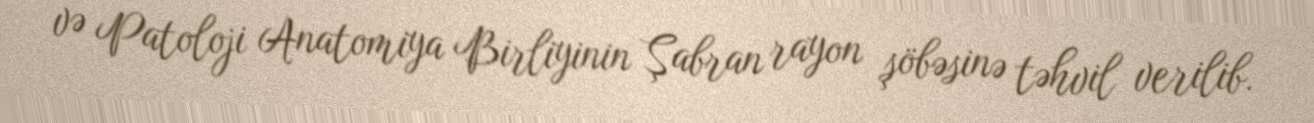
və Patoloji Anatomiya Birliyinin Şabran rayon şöbəsinə təhvil verilib.